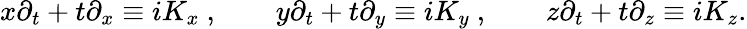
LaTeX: x\partial_{t}+t\partial_{x}\equiv iK_{x}~,\qquad y\partial_{t}+t\partial_{y}\equiv iK_{y}~,\qquad z\partial_{t}+t\partial_{z}\equiv iK_{z}.